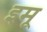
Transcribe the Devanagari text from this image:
इमू